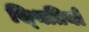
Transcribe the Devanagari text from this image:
स्‍थितियों